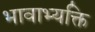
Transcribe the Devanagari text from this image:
भावाभ्यक्ति